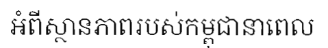
អំពីស្ថានភាពរបស់កម្ពុជានាពេល